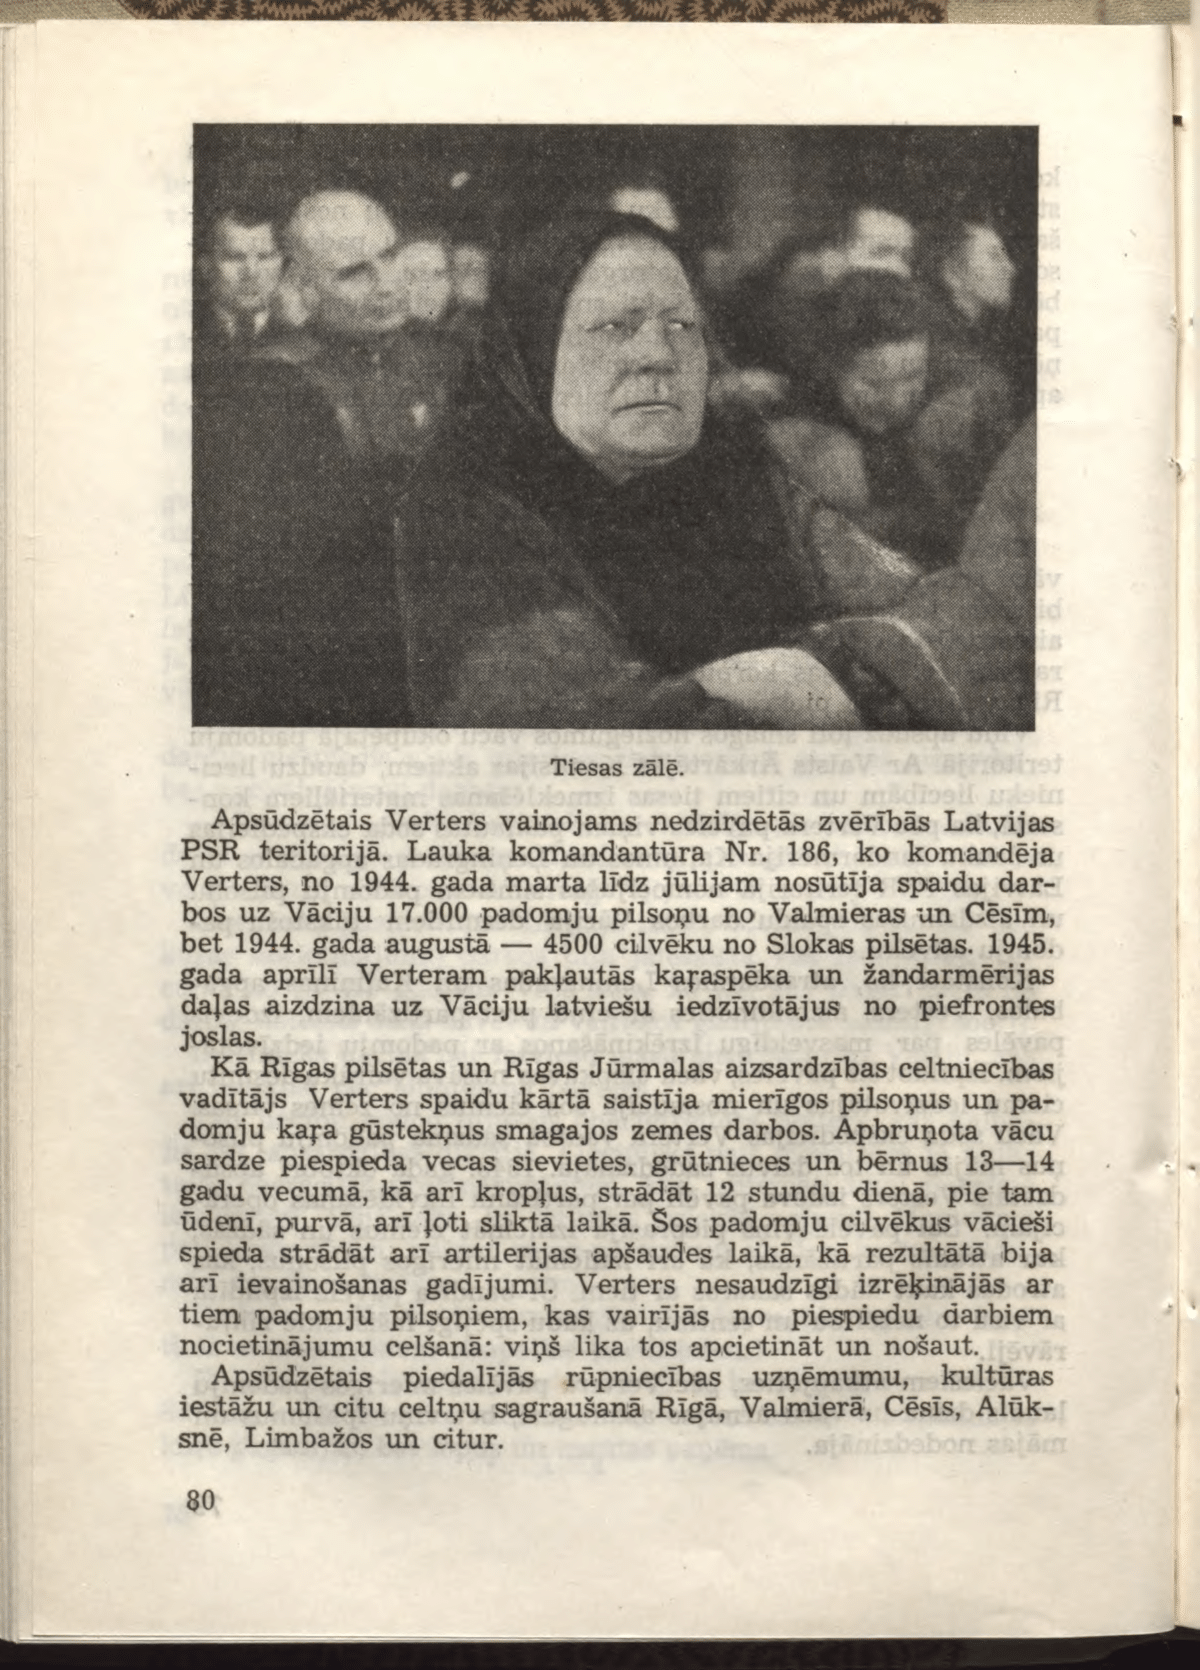
Language: lv